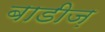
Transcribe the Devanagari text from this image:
बाडीज़